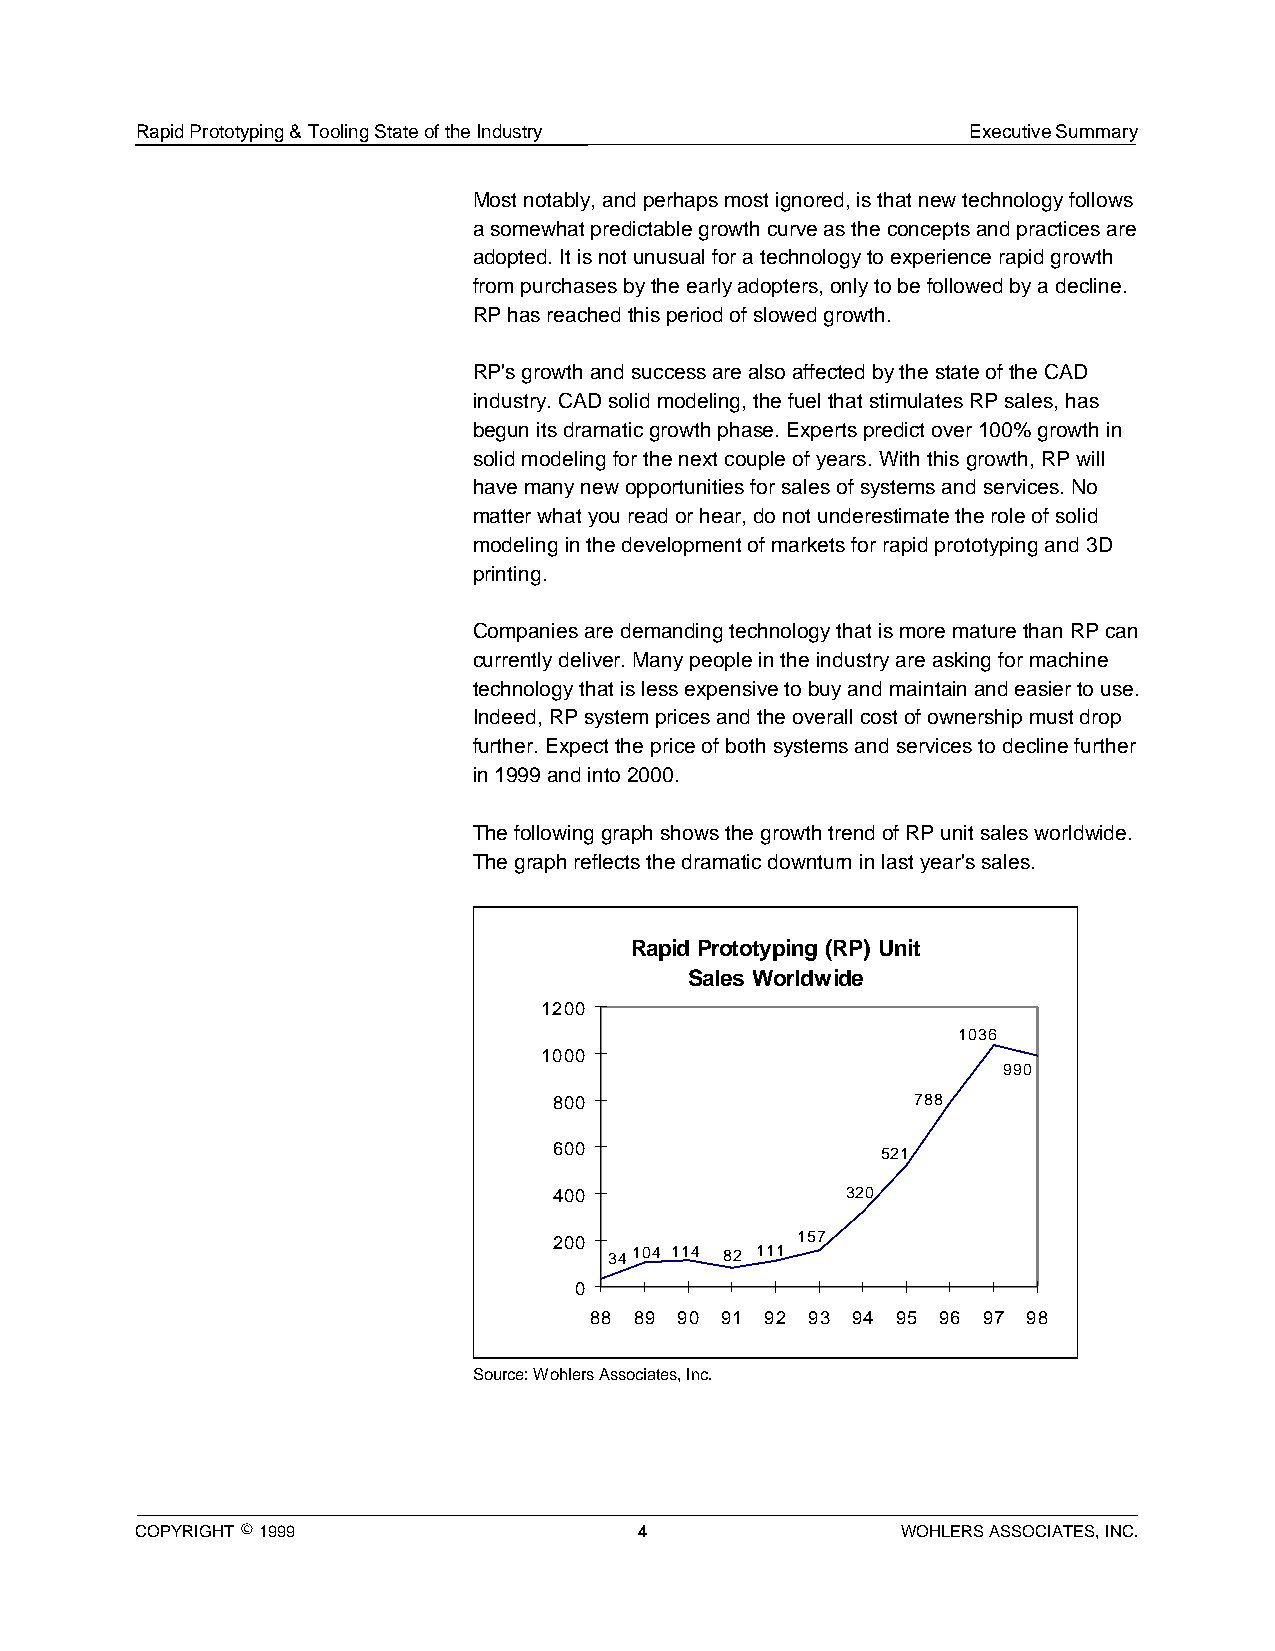
Rapid Prototyping & Tooling State of the Industry      Executive Summary
 Most notably, and perhaps most ignored, is that new technology follows
 a somewhat predictable growth curve as the concepts and practices are
 adopted. It is not unusual for a technology to experience rapid growth
 from purchases by the early adopters, only to be followed by a decline.
 RP has reached this period of slowed growth.
 RP's growth and success are also affected by the state of the CAD
 industry. CAD solid modeling, the fuel that stimulates RP sales, has
 begun its dramatic growth phase. Experts predict over 100% growth in
 solid modeling for the next couple of years. With this growth, RP will
 have many new opportunities for sales of systems and services. No
 matter what you read or hear, do not underestimate the role of solid
 modeling in the development of markets for rapid prototyping and 3D
 printing.
 Companies are demanding technology that is more mature than RP can
 currently deliver. Many people in the industry are asking for machine
 technology that is less expensive to buy and maintain and easier to use.
 Indeed, RP system prices and the overall cost of ownership must drop
 further. Expect the price of both systems and services to decline further
 in 1999 and into 2000.
 The following graph shows the growth trend of RP unit sales worldwide.
 The graph reflects the dramatic downturn in last year's sales.
 Rapid Prototyping (RP) Unit
 Sales Worldwide
 1200
 1036
 1000
 990
 800                     788
 600                  521
 400                320
 200             157
 34104 114 82 111
 0
 88 89 90 91 92 93 94 95 96 97 98
 Source: Wohlers Associates, Inc.
 COPYRIGHT © 1999                 4                 WOHLERS ASSOCIATES, INC.